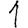
Digit: 1